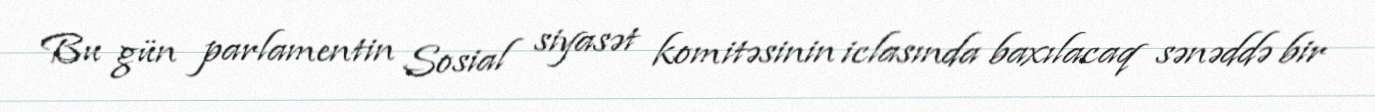
Bu gün parlamentin Sosial siyasət komitəsinin iclasında baxılacaq sənəddə bir